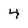
Character: 4